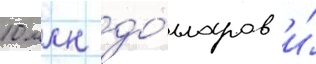
10 млн до́лларов и́